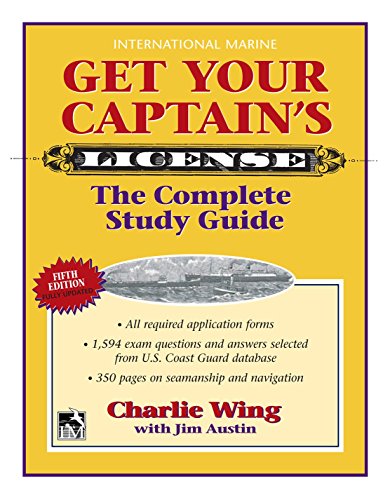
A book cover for Get Your Captain's License, 5th; Charlie Wing; Sports & Outdoors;